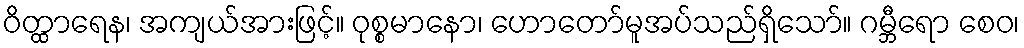
ဝိတ္ထာရေန၊ အကျယ်အားဖြင့်။ ဝုစ္စမာနော၊ ဟောတော်မူအပ်သည်ရှိသော်။ ဂမ္ဘီရော စေဝ၊